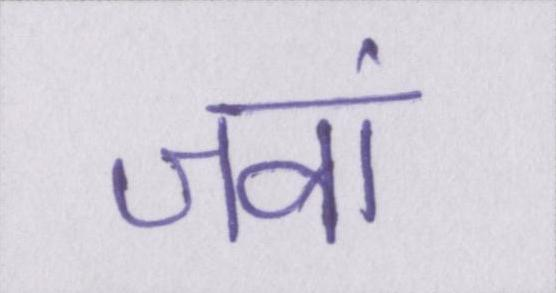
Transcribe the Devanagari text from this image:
जवां